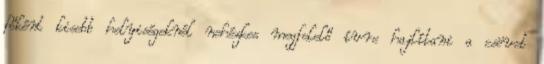
főként kisebb helyiségeknél nehézkes megfelelő ívre hajlítani a csövet